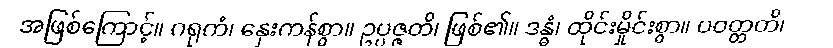
အဖြစ်ကြောင့်။ ဂရုကံ၊ နှေးကန်စွာ။ ဥပ္ပဇ္ဇတိ၊ ဖြစ်၏။ ဒန္ဓံ၊ ထိုင်းမှိုင်းစွာ။ ပဝတ္တတိ၊